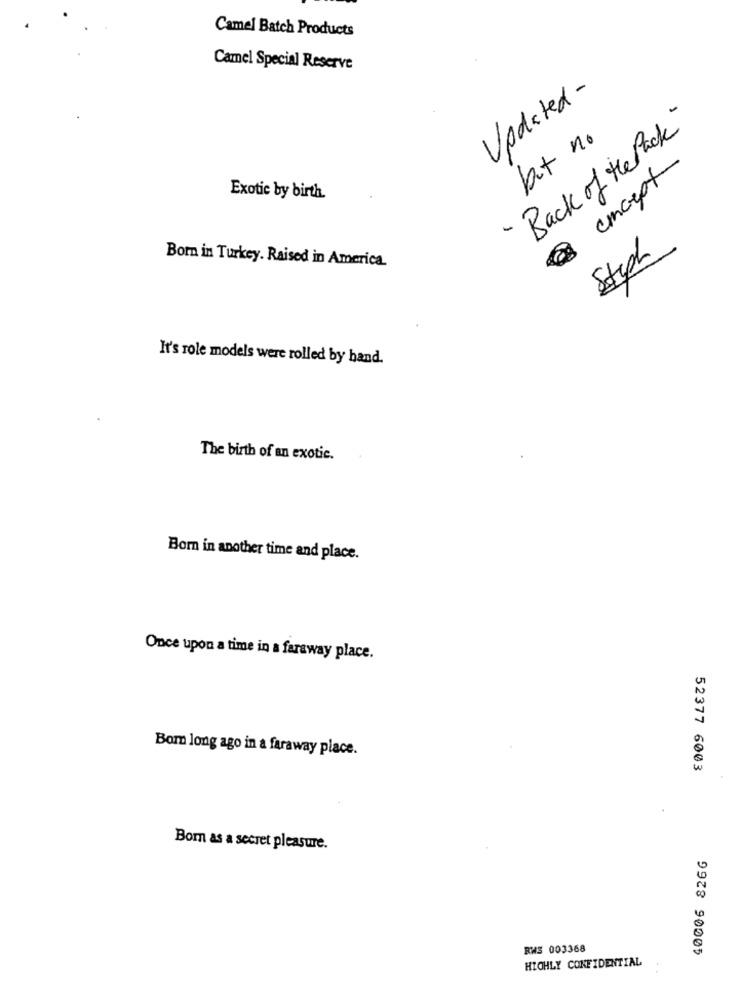
Camel Batch Products
Camel Special Reserve
Updated -
"Back of the Pack"
but no
concept
Exotic by birth.
Steph
Born in Turkey. Raised in America.
It's role models were rolled by hand.
The birth of an exotic.
Bom in another time and place.
Once upon a time in a faraway place.
Bom long ago in a faraway place.
52377 6003
Bom as a secret pleasure.
40006 8266
RWS 003368
HIGHLY CONFIDENTIAL